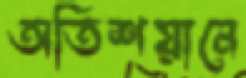
অতিশয়ানে